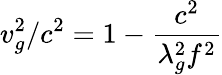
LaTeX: v_{g}^{2}/c^{2}=1-{\frac{c^{2}}{\lambda_{g}^{2}f^{2}}}